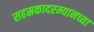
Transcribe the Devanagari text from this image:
सहस्रकादरम्यानच्या